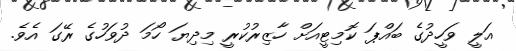
އަލީ ވަހީދުގެ ބައްޕަ ކޮމިޓީއަށް ހާޒިރުކުރީ މިދިޔަ ހޯމަ ދުވަހުގެ ރޭގަ އެވެ.